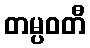
တမ္ပဝတီ